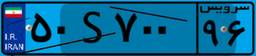
۳۴S۷۴۲۱۴